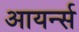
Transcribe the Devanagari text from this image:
आयर्न्स